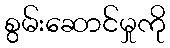
စွမ်းဆောင်မှုကို